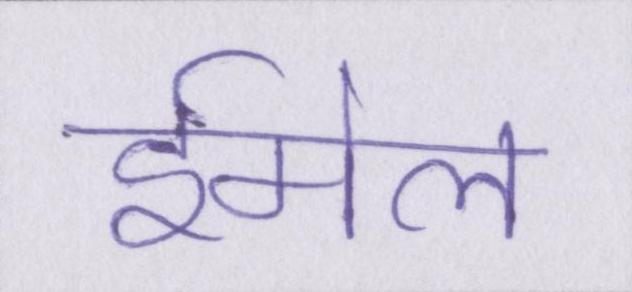
ईमेल